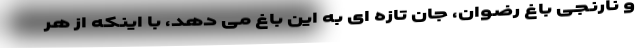
و نارنجی باغ رضوان، جان تازه ای به این باغ می دهد، با اینکه از هر